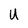
Character: U